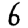
Digit: 6